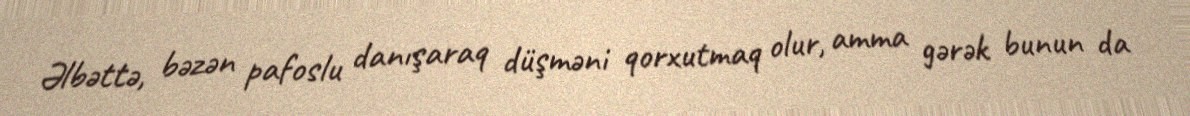
Əlbəttə, bəzən pafoslu danışaraq düşməni qorxutmaq olur, amma gərək bunun da